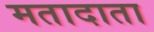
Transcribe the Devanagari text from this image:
मतादाता